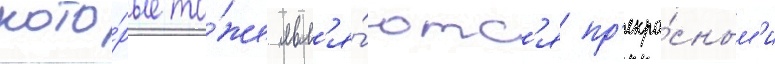
кото́рые то́же явл'я́ютс'я пр'екра́сным'и